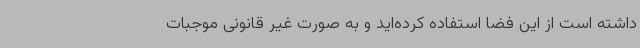
داشته است از این فضا استفاده کرده‌اید و به صورت غیر قانونی موجبات